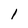
Character: 1